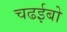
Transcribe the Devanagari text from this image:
चढईबो